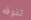
تذوقه